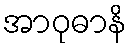
အာဝုဓာနိ